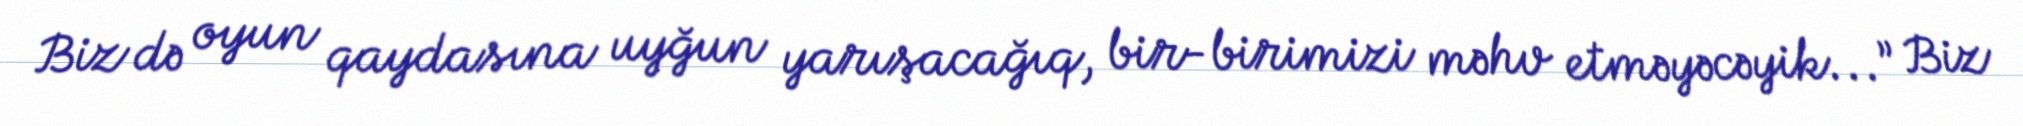
Biz də oyun qaydasına uyğun yarışacağıq, bir-birimizi məhv etməyəcəyik...” Biz